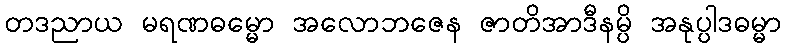
တဒညာယ မရဏဓမ္မော အလောဘဇေန ဇာတိအာဒီနမ္ပိ အနုပ္ပါဒဓမ္မာ